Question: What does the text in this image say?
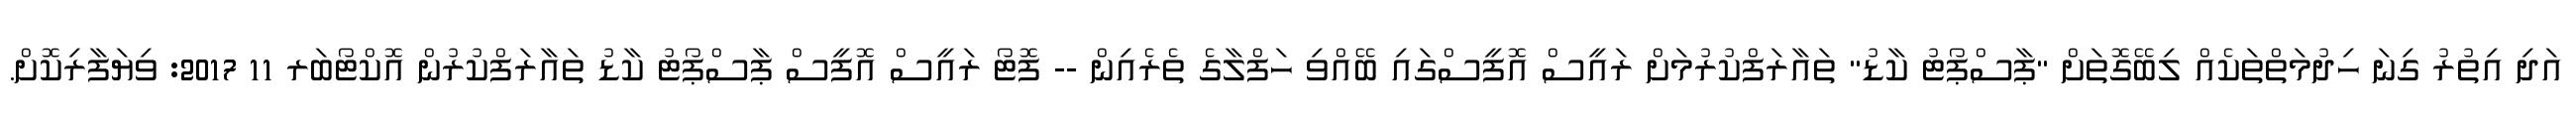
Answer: އަދި އިތުރު ގިނަ ހިދުމަތްތަކެއް ލިބޭގޮތަށް "ޕާސްޕޯޓު ކާޑު" ތައާރަފްކުރުމަށް ރައީސް އޮފީސްގައި ބޭއްވި ހަފްލާގެ ތެރެއިން -- ފޮޓޯ ރައީސް އޮފީސް ޕާސްޕޯޓު ކާޑު ތައާރަފްކުރުން އޮކްޓޯބަރ 11 2017: ވިޔަފާރިކޮށް.